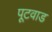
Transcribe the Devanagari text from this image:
पूटवाड